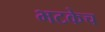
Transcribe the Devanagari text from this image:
भटकेच